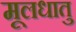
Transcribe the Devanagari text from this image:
मूलधातु